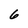
Character: 6